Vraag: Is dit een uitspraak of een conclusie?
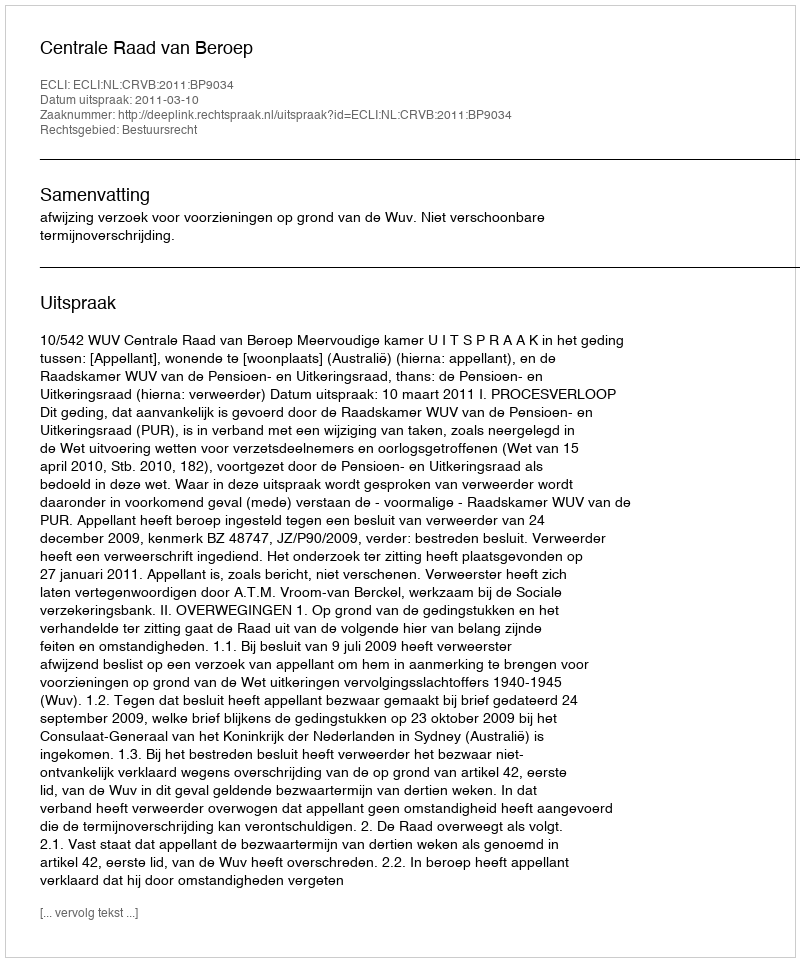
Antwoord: Uitspraak